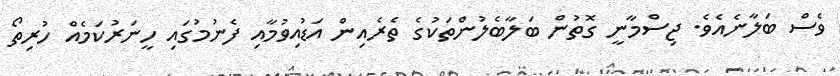
ވެސް ބަލާނެއެވެ. ޖިސްމާނީ ގޮތުން ބަލާބެލުންތަކުގެ ތެރެއިން އަޑުއިވުމާއި ފެނުމުގައި ހީނަރުކަމެއް ހުރިތޯ